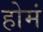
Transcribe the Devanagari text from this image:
होमं